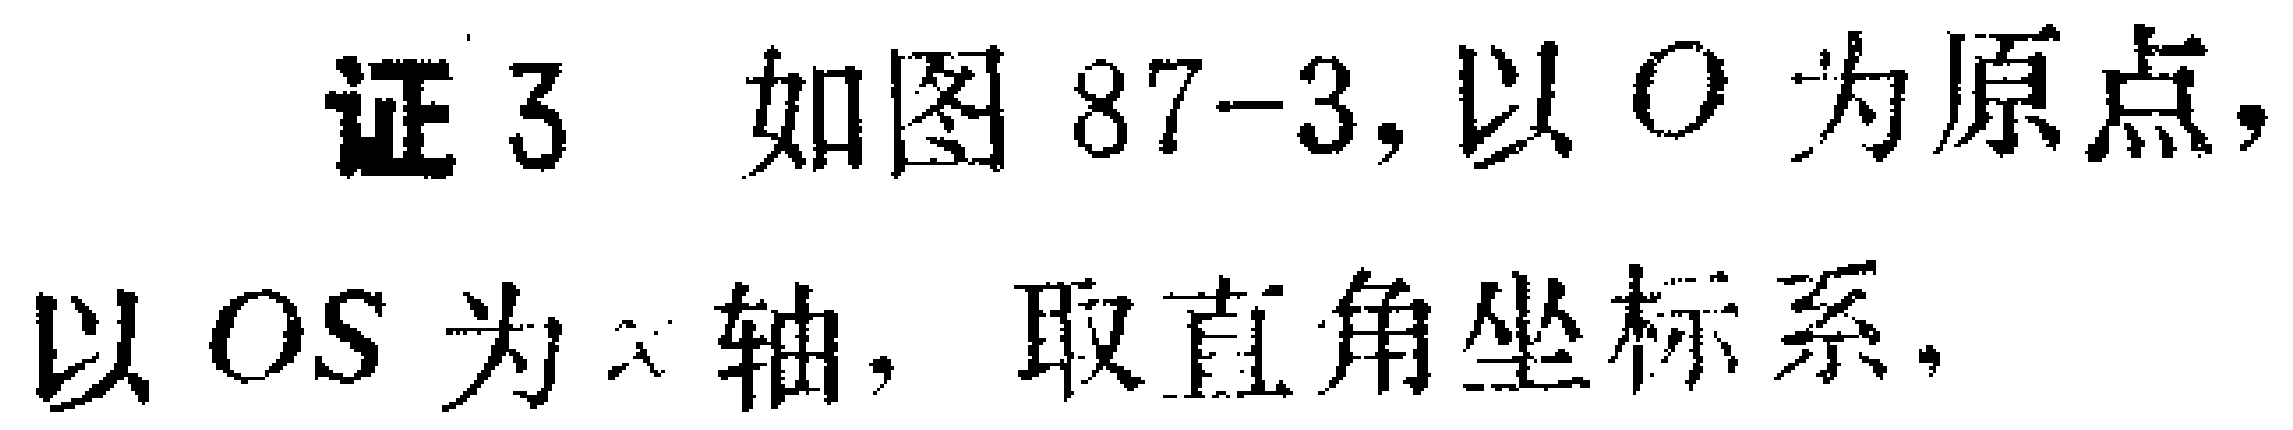
证 3 如图 87-3, 以 \(O\) 为原点, 以 \(OS\) 为 \(x\) 轴, 取直角坐标系.